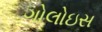
ગોલોઇસ